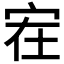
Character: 𰌻